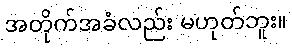
အတိုက်အခံလည်း မဟုတ်ဘူး။